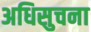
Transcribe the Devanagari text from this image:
अधिसुचना